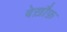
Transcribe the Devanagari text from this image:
बेख़ौफ़